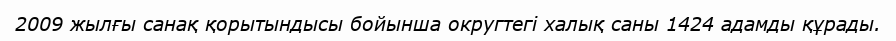
2009 жылғы санақ қорытындысы бойынша округтегі халық саны 1424 адамды құрады.